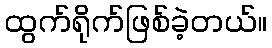
ထွက်ရိုက်ဖြစ်ခဲ့တယ်။